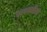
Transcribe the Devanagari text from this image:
रूपवतीला